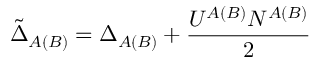
\tilde { \Delta } _ { A ( B ) } = \Delta _ { A ( B ) } + \frac { U ^ { A ( B ) } N ^ { A ( B ) } } { 2 }